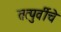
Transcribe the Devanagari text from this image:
तत्पुर्वीचे